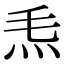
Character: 𤆬